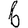
Digit: 6